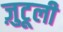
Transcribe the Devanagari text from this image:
ज़ुटूली